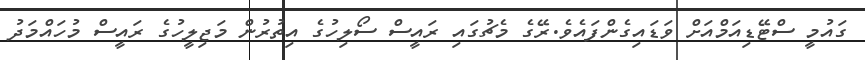
ގައުމީ ސްޓޭޑިއަމްއަށް ވަޑައިގެންފައެވެ.ރޭގެ މެޗުގައި ރައީސް ސޯލިހުގެ އިތުރުން މަޖިލީހުގެ ރައީސް މުހައްމަދު